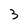
Character: 3